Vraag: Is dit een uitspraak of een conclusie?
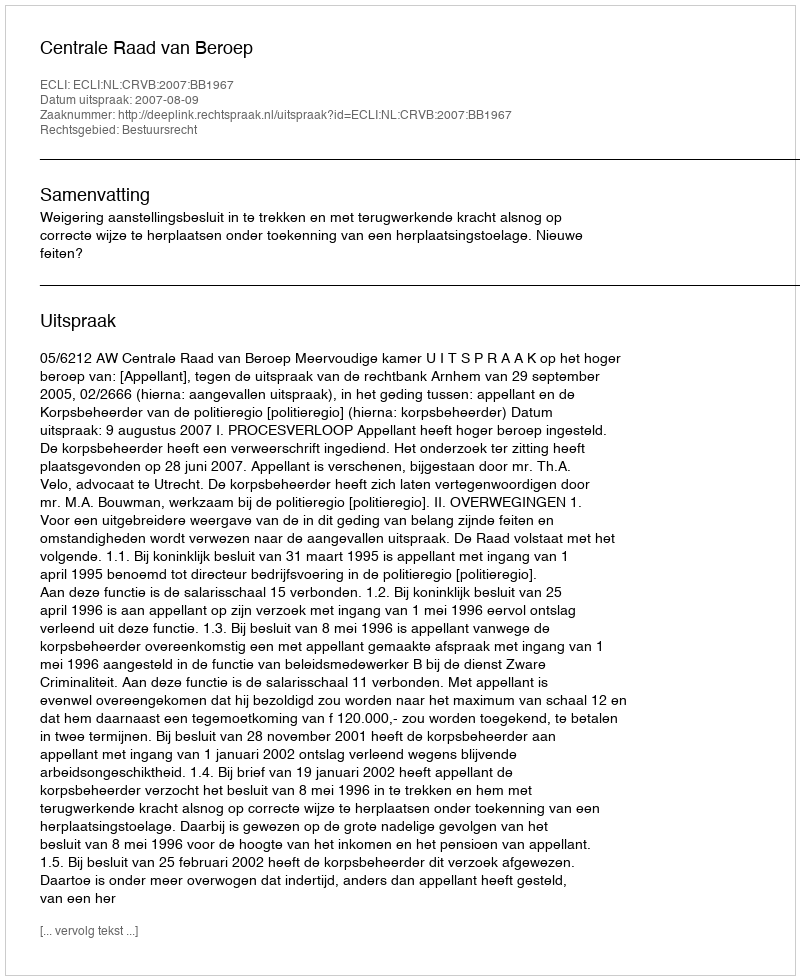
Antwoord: Uitspraak